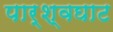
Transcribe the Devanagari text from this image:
पार्श्वघाट